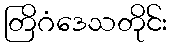
တြိဂံဒေသတိုင်း